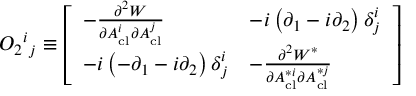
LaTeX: { \cal O } _ { 2 } { } ^ { i } { } _ { j } \equiv \left[ \begin{array} { l l } { { - { \frac { \partial ^ { 2 } { \cal W } } { \partial A _ { \mathrm { c l } } ^ { i } \partial A _ { \mathrm { c l } } ^ { j } } } } } & { { - i \left( \partial _ { 1 } - i \partial _ { 2 } \right) \delta _ { j } ^ { i } } } \\ { { - i \left( - \partial _ { 1 } - i \partial _ { 2 } \right) \delta _ { j } ^ { i } } } & { { - { \frac { \partial ^ { 2 } { \cal W } ^ { * } } { \partial A _ { \mathrm { c l } } ^ { * i } \partial A _ { \mathrm { c l } } ^ { * j } } } } } \end{array} \right]